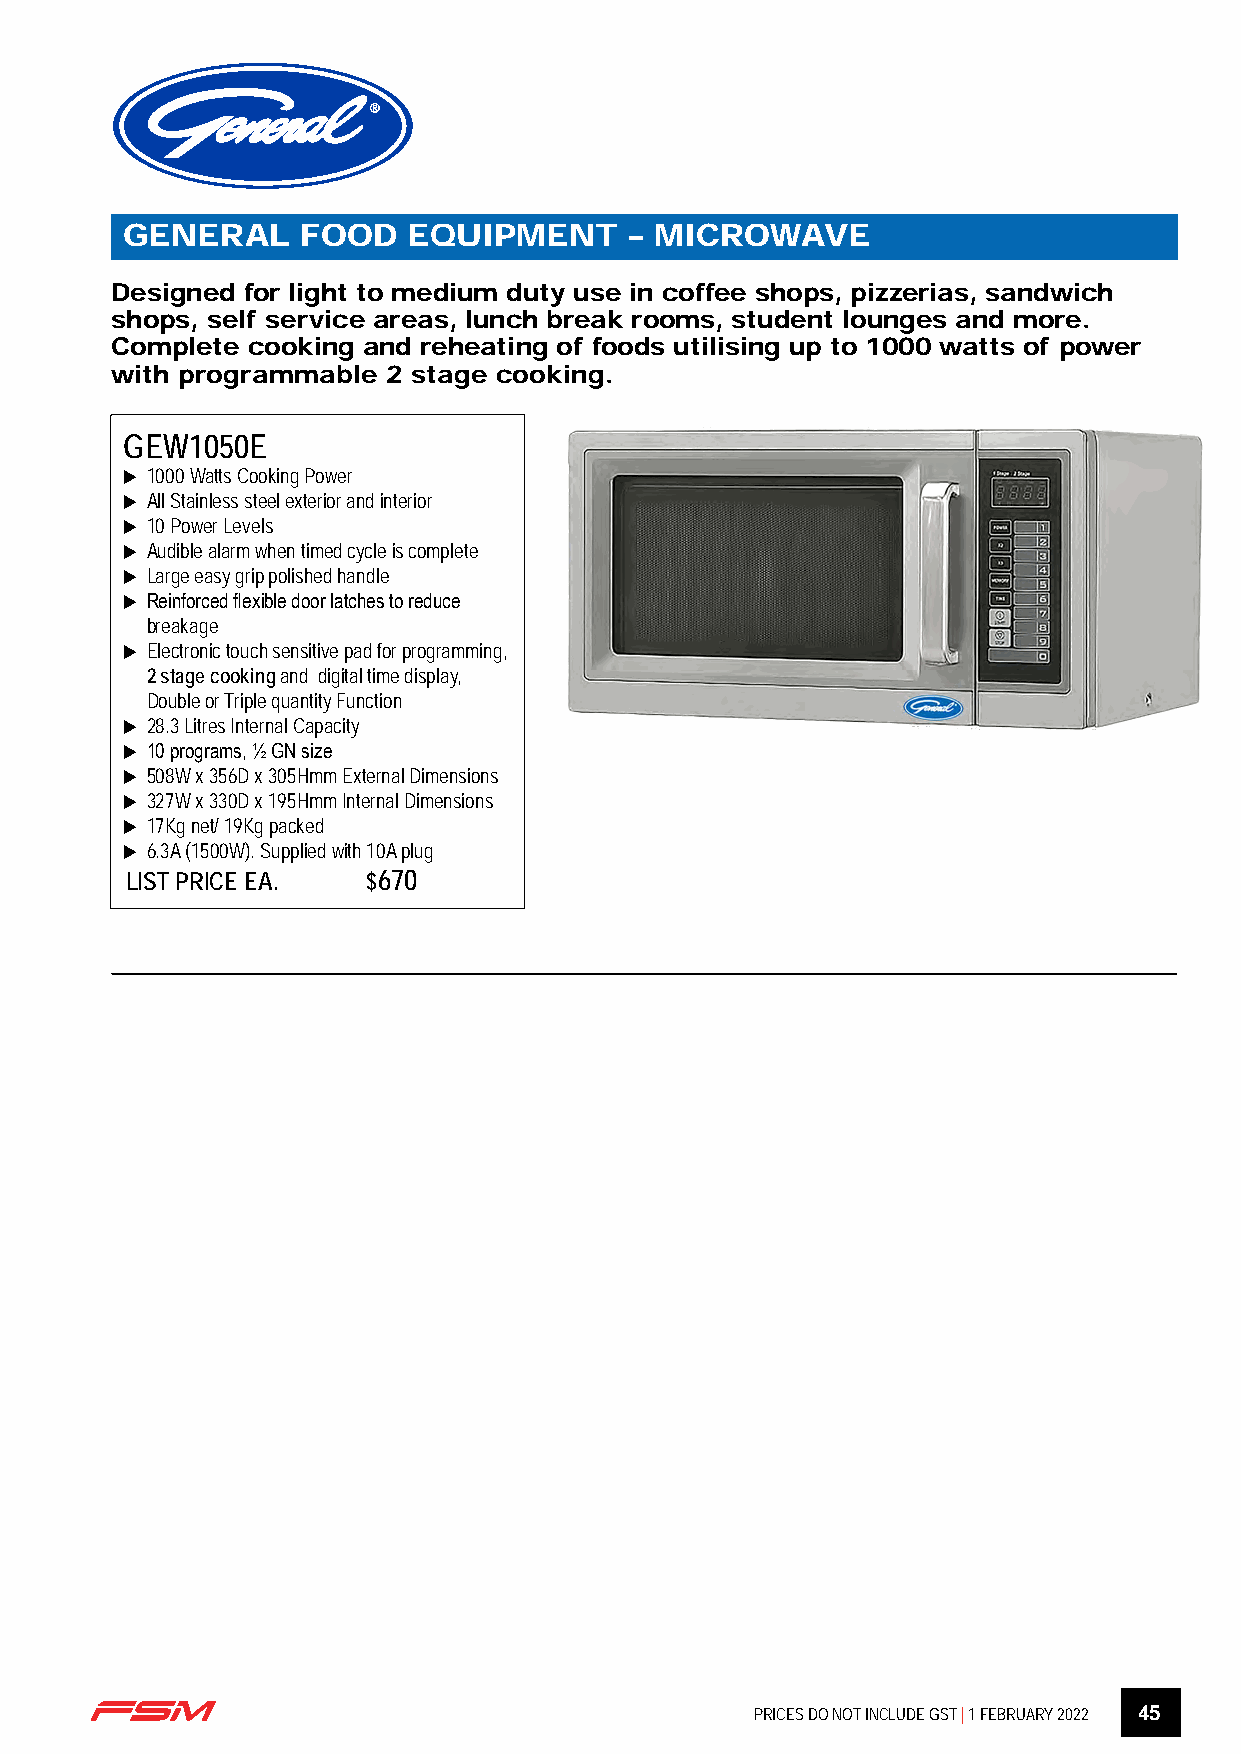
R
 GENERAL     FOOD   EQUIPMENT      – MICROWAVE
 Designed for light to medium duty use in coffee shops, pizzerias, sandwich
 shops, self service areas, lunch break rooms, student lounges and more.
 Complete cooking and reheating of foods utilising up to 1000 watts of power
 with programmable  2 stage cooking.
 GEW1050E
 u 1000 Watts Cooking Power
 u All Stainless steel exterior and interior
 u 10 Power Levels
 u A udible alarm when timed cycle is complete
 u Large easy grip polished handle
 u R einforced flexible door latches to reduce
 breakage
 u E lectronic touch sensitive pad for programming,
 2 stage cooking and digital time display,
 Double or Triple quantity Function
 u 28.3 Litres Internal Capacity
 u 10 programs, ½ GN size
 u 508W x 356D x 305Hmm External Dimensions
 u 327W x 330D x 195Hmm Internal Dimensions
 u 17Kg net/ 19Kg packed
 u 6.3A (1500W). Supplied with 10A plug
 LIST PRICE EA.  $670
 PRICES DO NOT INCLUDE GST | 1 FEBRUARY 2022 45